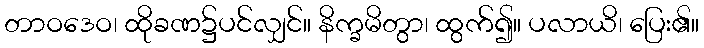
တာဝဒေဝ၊ ထိုခဏ၌ပင်လျှင်။ နိက္ခမိတွာ၊ ထွက်၍။ ပလာယိ၊ ပြေး၏။